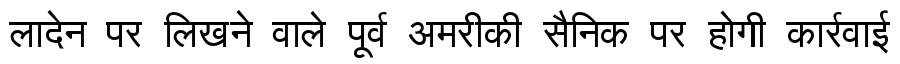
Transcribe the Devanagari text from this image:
लादेन पर लिखने वाले पूर्व अमरीकी सैनिक पर होगी कार्रवाई